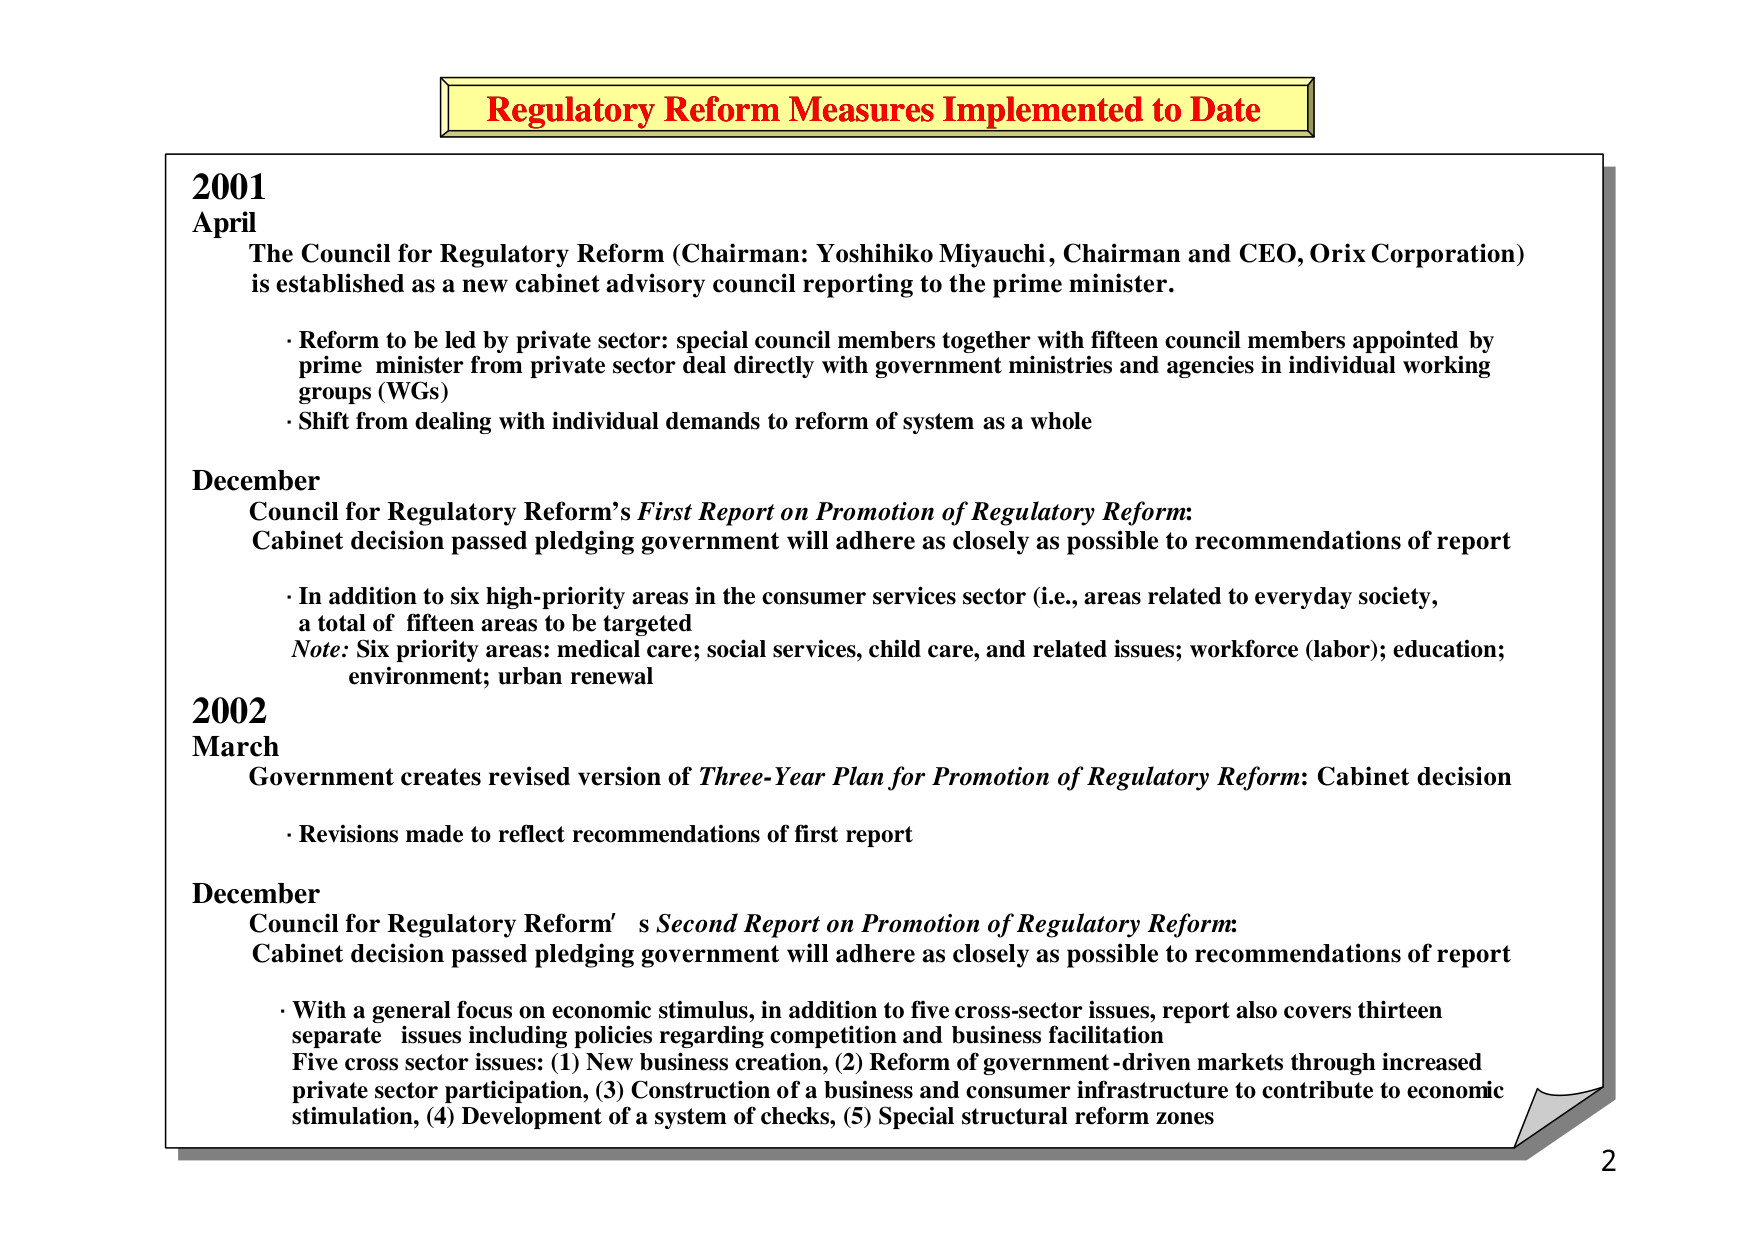
Regulatory Reform Measures Implemented to Date

2001
April
The Council for Regulatory Reform (Chairman: Yoshihiko Miyauchi, Chairman and CEO, Orix Corporation) is established as a new cabinet advisory council reporting to the prime minister.
· Reform to be led by private sector: special council members together with fifteen council members appointed by prime minister from private sector deal directly with government ministries and agencies in individual working groups (WGs)
· Shift from dealing with individual demands to reform of system as a whole

December
Council for Regulatory Reform’s First Report on Promotion of Regulatory Reform:
Cabinet decision passed pledging government will adhere as closely as possible to recommendations of report
· In addition to six high-priority areas in the consumer services sector (i.e., areas related to everyday society, a total of fifteen areas to be targeted
Note: Six priority areas: medical care; social services, child care, and related issues; workforce (labor); education; environment; urban renewal

2002
March
Government creates revised version of Three-Year Plan for Promotion of Regulatory Reform: Cabinet decision
· Revisions made to reflect recommendations of first report

December
Council for Regulatory Reform’s Second Report on Promotion of Regulatory Reform:
Cabinet decision passed pledging government will adhere as closely as possible to recommendations of report
· With a general focus on economic stimulus, in addition to five cross-sector issues, report also covers thirteen separate issues including policies regarding competition and business facilitation
Five cross sector issues: (1) New business creation, (2) Reform of government-driven markets through increased private sector participation, (3) Construction of a business and consumer infrastructure to contribute to economic stimulation, (4) Development of a system of checks, (5) Special structural reform zones

2